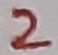
Text: 2